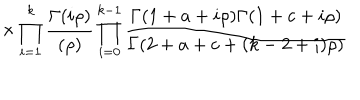
\hspace { 1 0 m m } \times \prod _ { i = 1 } ^ { k } \frac { \Gamma ( i \rho ) } { ( \rho ) } \prod _ { i = 0 } ^ { k - 1 } \frac { \Gamma ( 1 + a + i \rho ) \Gamma ( 1 + c + i \rho ) } { \Gamma ( 2 + a + c + ( k - 2 + i ) \rho ) }